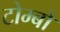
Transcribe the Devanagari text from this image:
टोम्बो